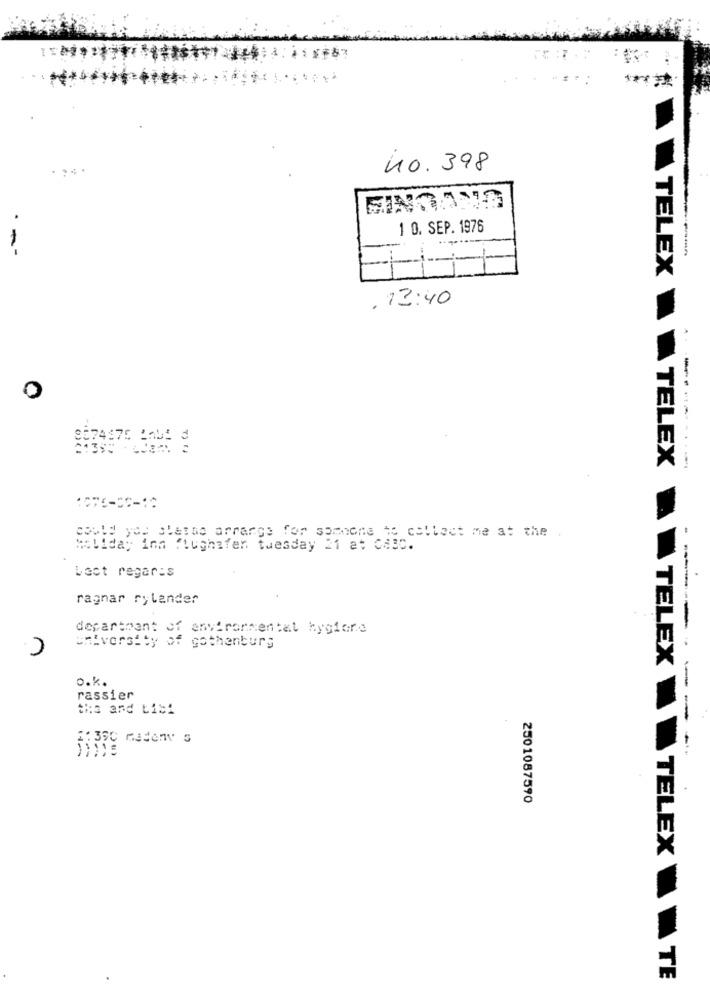
40. 398
1 0. SEP. 1976
TELEX
. 13:40
0
TELEX
-------
1075-86-1
could you chatas arrange for someone to collect me at the .
Holiday inn flughafen tuesday 21 at Ca3c.
Lect regar:s
ragnar rylander
department of environmental hygione
university of gothenburg
o.k.
TELEX
rassier
the and Lisi
------ --
₹1 390 mademy s
2501087590
TELEX
A TE